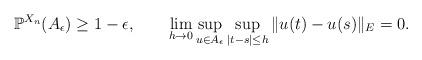
LaTeX: \begin{align*}\mathbb{P}^{X_n}(A_\epsilon) \ge 1 - \epsilon, \qquad\lim_{h \to 0}\sup_{u \in A_\epsilon}\sup_{|t-s| \le h}\|u(t) - u(s)\|_E = 0.\end{align*}